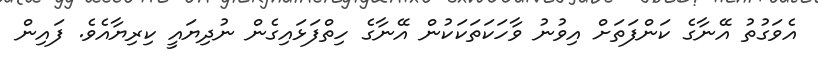
އެވަގުތު އޭނާގެ ކަންފަތަށް އިވުނު ވާހަކަތަކަކުން އޭނާގެ ހިތްފަޅައިގެން ނުދިޔައީ ކިރިޔާއެވެ. ފައިން